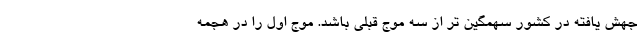
جهش یافته در کشور سهمگین تر از سه موج قبلی باشد. موج اول را در هجمه